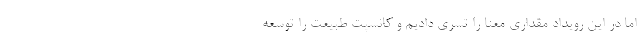
اما در این رویداد مقداری معنا را تسری دادیم و کانسپت طبیعت را توسعه